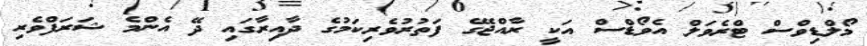
މޯލްޑިވްސް ޓްރެވަލް އެވޯޑްސް އަކީ ރާއްޖޭގެ ފަތުރުވެރިކަމުގެ ދާއިރާގައި ދޭ އެންމެ ޝަރަފްވެރި